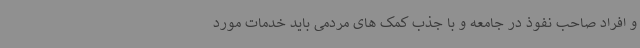
و افراد صاحب نفوذ در جامعه و با جذب کمک های مردمی باید خدمات مورد